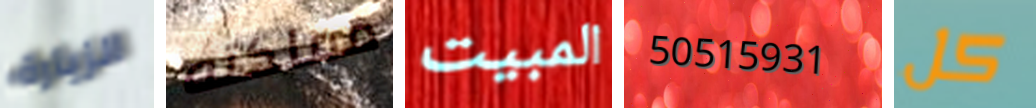
الزيارة مملكته المبيت 50515931 كل